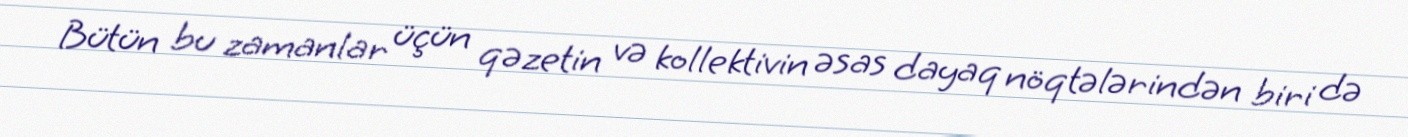
Bütün bu zamanlar üçün qəzetin və kollektivin əsas dayaq nöqtələrindən biri də